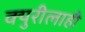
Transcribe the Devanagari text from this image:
क्युरीलाही